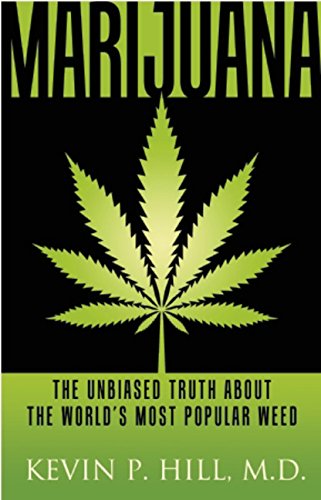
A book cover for Marijuana: The Unbiased Truth about the WorldEEs Most Popular Weed; Kevin  P. Hill; Health, Fitness & Dieting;